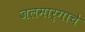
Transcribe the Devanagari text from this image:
जलमार्गाचे